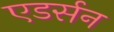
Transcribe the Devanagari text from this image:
एडर्सन